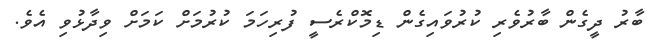
ބާރު ދީގެން ބާރުވެރި ކުރުވައިގެން ޑިމޮކްރެސީ ފުރިހަމަ ކުރުމަށް ކަމަށް ވިދާޅުވި އެވެ.